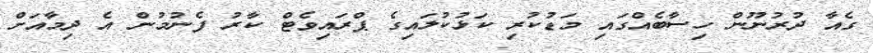
ގެއާ ދުރުނޫން ހިސާބެއްގައި މަޑުކުރި ކަޅުކުލައިގެ ޕްރައިވެޓް ކާރު ފެނުމުން އެ ދިމާއަށް